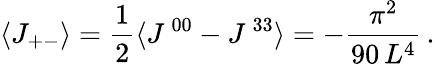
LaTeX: \langle J_{+-}\rangle=\frac{1}{2}\langle J^{\, 00}-J^{\, 33}\rangle=-\frac{\pi^{2}}{90\, L^{4}}\, .